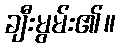
ချီးမွမ်း၏။